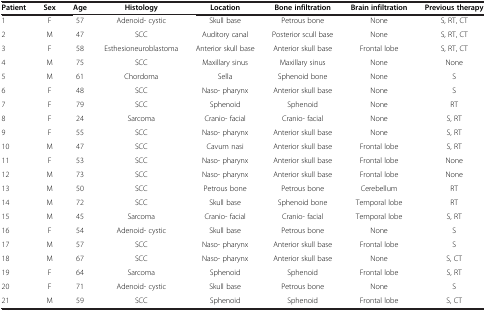
<table><thead><tr><td><b>Patient</b></td><td><b>Sex</b></td><td><b>Age</b></td><td><b>Histology</b></td><td><b>Location</b></td><td><b>Bone infiltration</b></td><td><b>Brain infiltration</b></td><td><b>Previous therapy</b></td></tr></thead><tbody><tr><td>1</td><td>F</td><td>57</td><td>Adenoid- cystic</td><td>Skull base</td><td>Petrous bone</td><td>None</td><td>S, RT, CT</td></tr><tr><td>2</td><td>M</td><td>47</td><td>SCC</td><td>Auditory canal</td><td>Posterior scull base</td><td>None</td><td>S, RT, CT</td></tr><tr><td>3</td><td>F</td><td>58</td><td>Esthesioneuroblastoma</td><td>Anterior skull base</td><td>Anterior skull base</td><td>Frontal lobe</td><td>S, RT, CT</td></tr><tr><td>4</td><td>M</td><td>75</td><td>SCC</td><td>Maxillary sinus</td><td>Maxillary sinus</td><td>None</td><td>None</td></tr><tr><td>5</td><td>M</td><td>61</td><td>Chordoma</td><td>Sella</td><td>Sphenoid bone</td><td>None</td><td>S</td></tr><tr><td>6</td><td>F</td><td>48</td><td>SCC</td><td>Naso- pharynx</td><td>Anterior skull base</td><td>None</td><td>S</td></tr><tr><td>7</td><td>F</td><td>79</td><td>SCC</td><td>Sphenoid</td><td>Sphenoid</td><td>None</td><td>RT</td></tr><tr><td>8</td><td>F</td><td>24</td><td>Sarcoma</td><td>Cranio- facial</td><td>Cranio- facial</td><td>None</td><td>S, RT</td></tr><tr><td>9</td><td>F</td><td>55</td><td>SCC</td><td>Naso- pharynx</td><td>Anterior skull base</td><td>None</td><td>S, RT</td></tr><tr><td>10</td><td>M</td><td>47</td><td>SCC</td><td>Cavum nasi</td><td>Anterior skull base</td><td>Frontal lobe</td><td>S, RT</td></tr><tr><td>11</td><td>F</td><td>53</td><td>SCC</td><td>Naso- pharynx</td><td>Anterior skull base</td><td>Frontal lobe</td><td>None</td></tr><tr><td>12</td><td>M</td><td>73</td><td>SCC</td><td>Naso- pharynx</td><td>Anterior skull base</td><td>Frontal lobe</td><td>None</td></tr><tr><td>13</td><td>M</td><td>50</td><td>SCC</td><td>Petrous bone</td><td>Petrous bone</td><td>Cerebellum</td><td>RT</td></tr><tr><td>14</td><td>M</td><td>72</td><td>SCC</td><td>Skull base</td><td>Sphenoid bone</td><td>Temporal lobe</td><td>RT</td></tr><tr><td>15</td><td>M</td><td>45</td><td>Sarcoma</td><td>Cranio- facial</td><td>Cranio- facial</td><td>Temporal lobe</td><td>S, RT</td></tr><tr><td>16</td><td>F</td><td>54</td><td>Adenoid- cystic</td><td>Skull base</td><td>Petrous bone</td><td>None</td><td>S</td></tr><tr><td>17</td><td>M</td><td>57</td><td>SCC</td><td>Naso- pharynx</td><td>Anterior skull base</td><td>Frontal lobe</td><td>S</td></tr><tr><td>18</td><td>M</td><td>67</td><td>SCC</td><td>Naso- pharynx</td><td>Anterior skull base</td><td>None</td><td>S, CT</td></tr><tr><td>19</td><td>F</td><td>64</td><td>Sarcoma</td><td>Sphenoid</td><td>Sphenoid</td><td>Frontal lobe</td><td>S, RT</td></tr><tr><td>20</td><td>F</td><td>71</td><td>Adenoid- cystic</td><td>Skull base</td><td>Petrous bone</td><td>None</td><td>S</td></tr><tr><td>21</td><td>M</td><td>59</td><td>SCC</td><td>Sphenoid</td><td>Sphenoid</td><td>Frontal lobe</td><td>S, CT</td></tr></tbody></table>